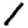
Digit: 1